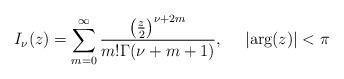
LaTeX: \begin{align*}I_{\nu}(z)=\sum_{m=0}^{\infty}\frac{\left(\frac{z}{2}\right)^{\nu+2m}}{m!\Gamma(\nu+m+1)},\mbox{ }\quad|\mbox{arg}(z)|<\pi\end{align*}